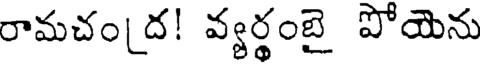
రామచం[ద! వ్యర్థంబై పోయెను